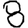
Digit: 8